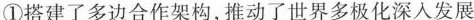
①搭建了多边合作架构，推动了世界多极化深入发展